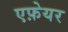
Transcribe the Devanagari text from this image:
एफ़ेयर